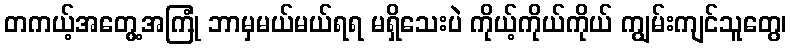
တကယ့်အတွေ့အကြုံ ဘာမှမယ်မယ်ရရ မရှိသေးပဲ ကိုယ့်ကိုယ်ကိုယ် ကျွမ်းကျင်သူတွေ၊